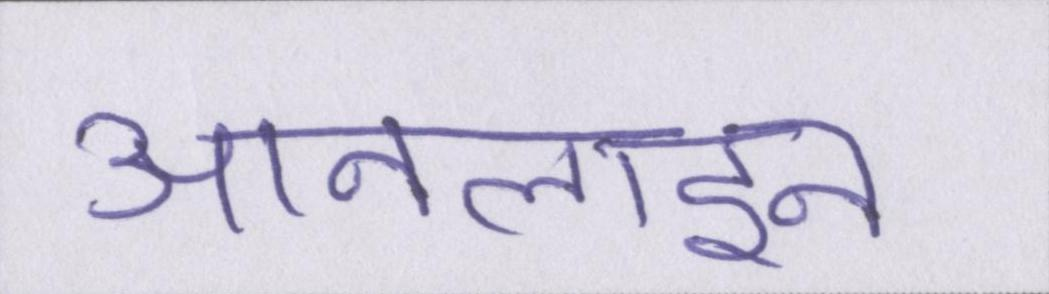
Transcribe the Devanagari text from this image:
आनलाइन